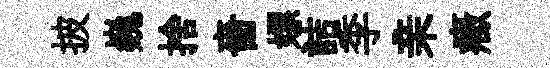
披巍捨嗇嫖詰季亲癥